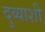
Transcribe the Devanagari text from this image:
दुव्याशी